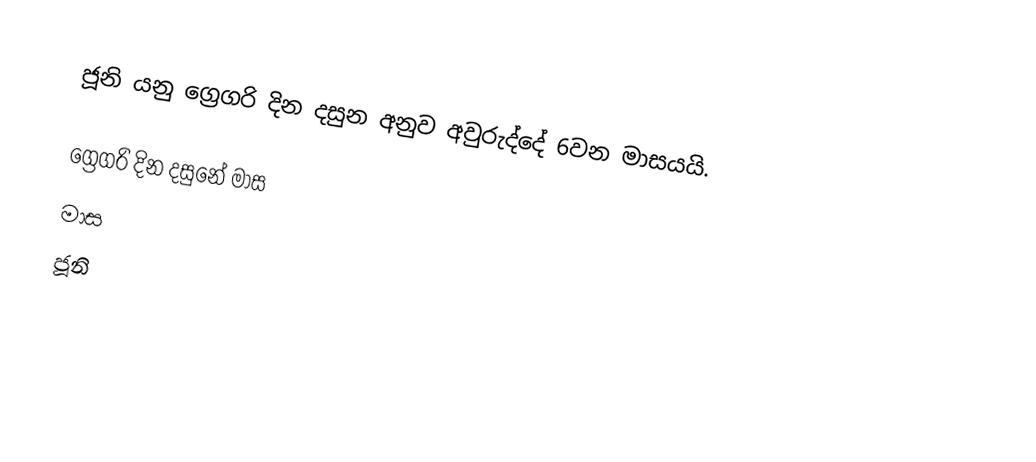
ජූනි යනු ග්‍රෙගරි දින දසුන අනුව අවුරුද්දේ 6වන මාසයයි.

ග්‍රෙගරි දින දසුනේ මාස
මාස
ජූනි